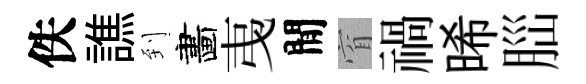
佚譙到畵𢎯閒窅禍晞𦛁